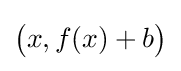
{\bigl (}x,f(x)+b{\bigr )}